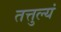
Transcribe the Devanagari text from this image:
तत्तुल्यं